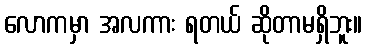
လောကမှာ အလကား ရတယ် ဆိုတာမရှိဘူး။